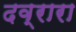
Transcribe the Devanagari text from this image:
दव्रारा